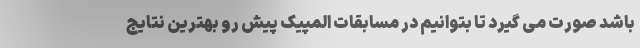
باشد صورت می گیرد تا بتوانیم در مسابقات المپیک پیش رو بهترین نتایج